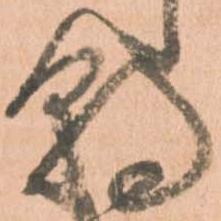
朝